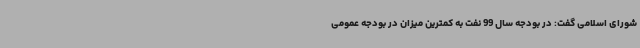
شورای اسلامی گفت: در بودجه سال 99 نفت به کمترین میزان در بودجه عمومی